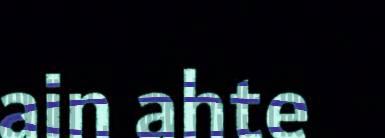
ain ahte